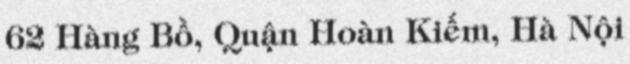
62 Hàng Bồ, Quận Hoàn Kiếm, Hà Nội